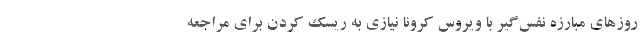
روزهای مبارزه نفس‌گیر با ویروس کرونا نیازی به ریسک کردن برای مراجعه